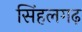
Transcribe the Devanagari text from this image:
सिंहलगढ़